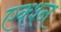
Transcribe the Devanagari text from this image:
एक्श्न